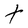
Character: t